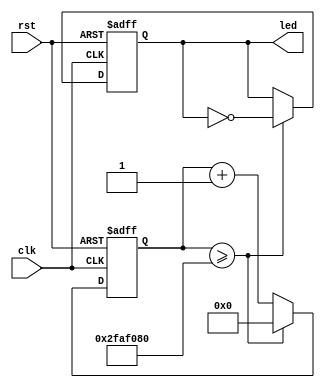
/*
 * Module: Multiplexed combinational gates
 * 
 * Version: 1.0
 *
 *
 * Description: RTL for implementing eight combinational gates with the 
 * outputs of the gates multiplexed using an 8:1 Multiplexer. The gates
 * implemented are NAND, AND, NOR, OR, XOR, XNOR, NOT, and a non-inverting
 * buffer. 
 */

module clk_divider(clk, rst, led);
	input clk, rst;
	output led;
	
	reg led;
	reg [26:0] counter;
	
	always@(posedge rst or posedge clk) begin
		if (rst) begin
			led <= 0;
			counter <= 0;
		end
		else
			if (counter >= 50000000) begin
				counter <= 0;
				led <= ~led;
			end
			else begin
				counter <= counter + 1;
			end
	end
	
endmodule